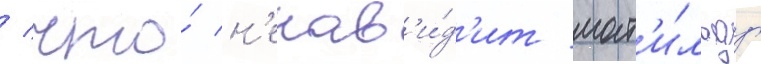
/ что́ н'енав'и́д'ит мат'и́льду